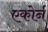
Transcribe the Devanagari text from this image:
एकोर्न